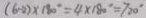
( 6 - 2 ) \times 1 8 0 ^ { \circ } = 4 \times 1 8 0 ^ { \circ } = 7 2 0 ^ { \circ }